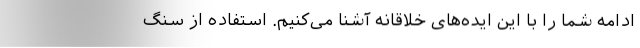
ادامه شما را با این ایده‌های خلاقانه آشنا می‌کنیم. استفاده از سنگ‌